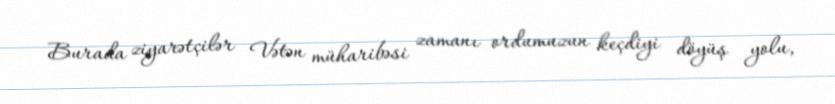
Burada ziyarətçilər Vətən müharibəsi zamanı ordumuzun keçdiyi döyüş yolu,